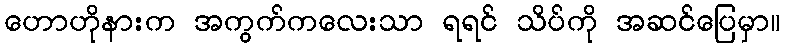
ဟောဟိုနားက အကွက်ကလေးသာ ရရင် သိပ်ကို အဆင်ပြေမှာ။